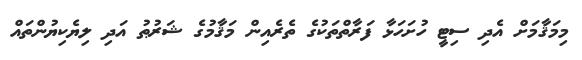
މިމަޤާމަށް އެދި ސިޓީ ހުށަހަޅާ ފަރާތްތަކުގެ ތެރެއިން މަޤާމުގެ ޝަރުޠު އަދި ލިޔެކިޔުންތައް